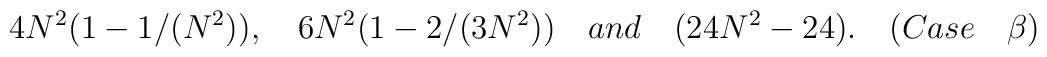
4N^2(1 - 1/(N^2)), ~~~6N^2(1 - 2/(3N^2)) ~~~and~~~(24N^2 - 24). ~~~(Case~~~\beta)